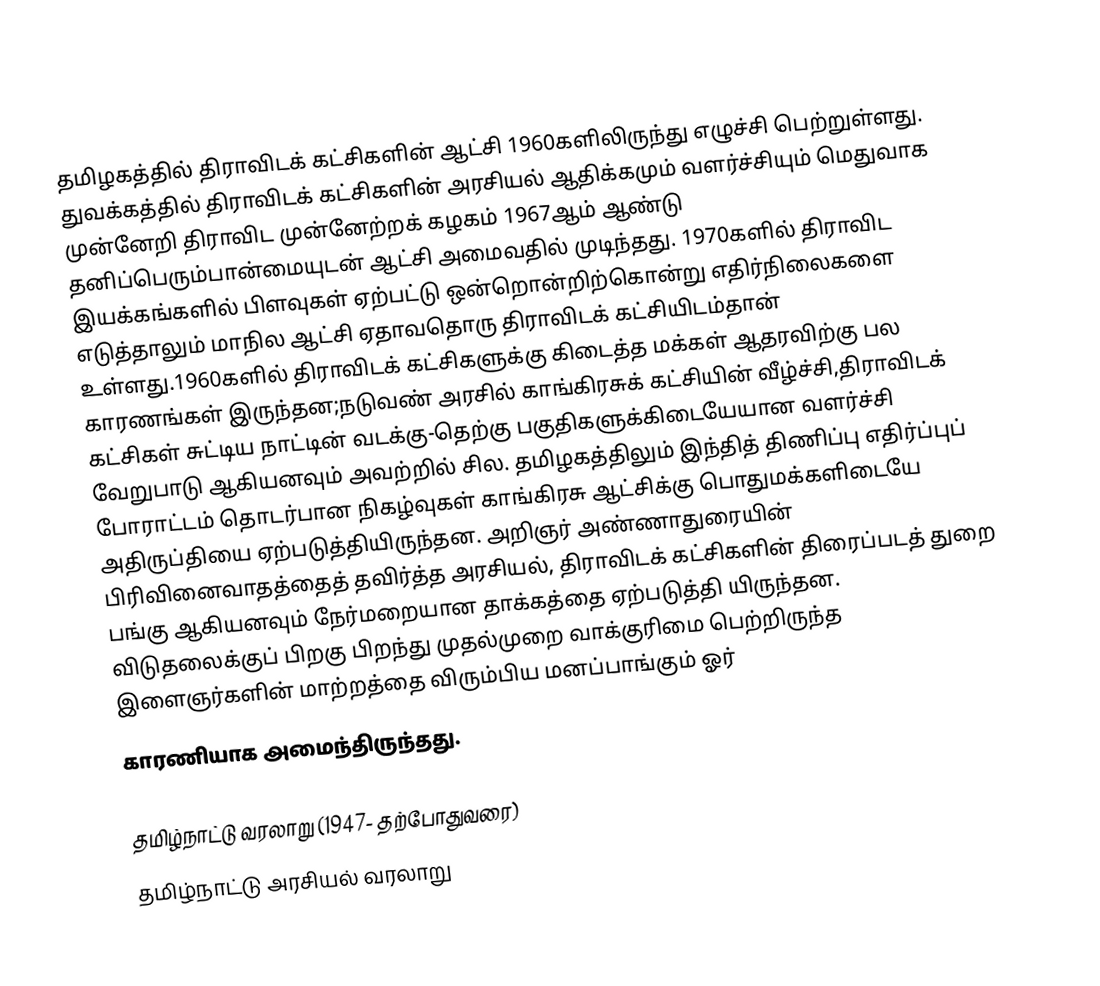
தமிழகத்தில் திராவிடக் கட்சிகளின் ஆட்சி 1960களிலிருந்து எழுச்சி பெற்றுள்ளது. துவக்கத்தில் திராவிடக் கட்சிகளின் அரசியல் ஆதிக்கமும் வளர்ச்சியும் மெதுவாக முன்னேறி திராவிட முன்னேற்றக் கழகம் 1967ஆம் ஆண்டு தனிப்பெரும்பான்மையுடன் ஆட்சி அமைவதில் முடிந்தது. 1970களில் திராவிட இயக்கங்களில் பிளவுகள் ஏற்பட்டு ஒன்றொன்றிற்கொன்று எதிர்நிலைகளை எடுத்தாலும் மாநில ஆட்சி ஏதாவதொரு திராவிடக் கட்சியிடம்தான் உள்ளது.1960களில் திராவிடக் கட்சிகளுக்கு கிடைத்த மக்கள் ஆதரவிற்கு பல காரணங்கள் இருந்தன;நடுவண் அரசில் காங்கிரசுக் கட்சியின் வீழ்ச்சி,திராவிடக் கட்சிகள் சுட்டிய நாட்டின் வடக்கு-தெற்கு பகுதிகளுக்கிடையேயான வளர்ச்சி வேறுபாடு ஆகியனவும் அவற்றில் சில.  தமிழகத்திலும் இந்தித் திணிப்பு எதிர்ப்புப் போராட்டம் தொடர்பான நிகழ்வுகள் காங்கிரசு ஆட்சிக்கு பொதுமக்களிடையே அதிருப்தியை ஏற்படுத்தியிருந்தன. அறிஞர் அண்ணாதுரையின் பிரிவினைவாதத்தைத் தவிர்த்த அரசியல், திராவிடக் கட்சிகளின் திரைப்படத் துறை பங்கு ஆகியனவும் நேர்மறையான தாக்கத்தை ஏற்படுத்தி யிருந்தன. விடுதலைக்குப் பிறகு பிறந்து முதல்முறை வாக்குரிமை பெற்றிருந்த இளைஞர்களின் மாற்றத்தை விரும்பிய மனப்பாங்கும் ஓர்
காரணியாக அமைந்திருந்தது.

தமிழ்நாட்டு வரலாறு (1947- தற்போதுவரை)
தமிழ்நாட்டு அரசியல் வரலாறு